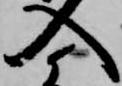
入